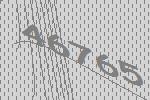
46765